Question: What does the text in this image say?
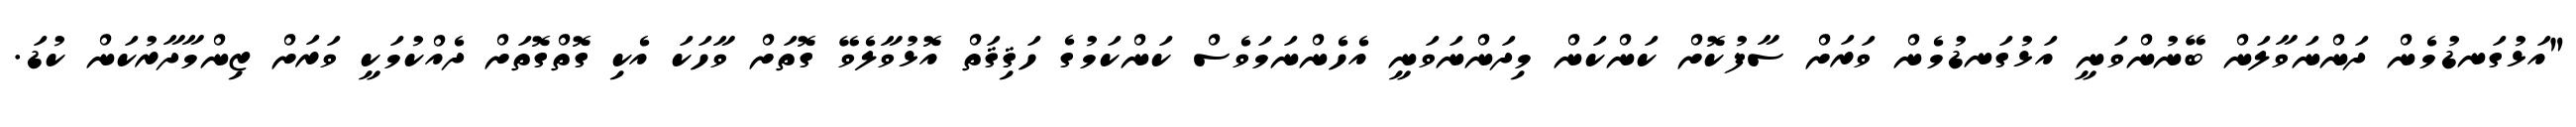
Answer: "އަޅުގަނޑުމެން ދަންނަވާލަން ބޭނުންވަނީ އަޅުގަނޑުމެން ވަރަށް ސާފުކޮށް ކަންކަން މިދަންނަވަނީ އެހެންނަމަވެސް ކަންކަމުގެ ހަޤިޤަތް އޮޅުވާލެވޭ ގޮތަށް ވާހަކަ އެކި ގޮތްގޮތަށް ދެއްކުމަކީ ވަރަށް ޒިންމާދާރުކަން ކުޑަ.